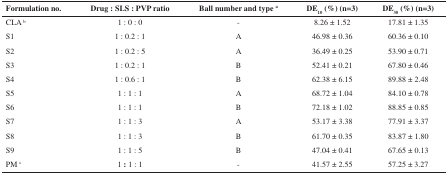
| Formulation no. | Drug : SLS : PVP ratio | Ball number and type a | DE10(%) (n=3) | DE30(%) (n=3) |
 | --- | --- | --- | --- | --- |
 | CLA b | 1 : 0 : 0 | - | 8.26 ± 1.52 | 17.81 ± 1.35 |
 | S1 | 1 : 0.2 : 1 | A | 46.98 ± 0.36 | 60.36 ± 0.10 |
 | S2 | 1 : 0.2 : 5 | A | 36.49 ± 0.25 | 53.90 ± 0.71 |
 | S3 | 1 : 0.2 : 1 | B | 52.41 ± 0.21 | 67.80 ± 0.46 |
 | S4 | 1 : 0.6 : 1 | B | 62.38 ± 6.15 | 89.88 ± 2.48 |
 | S5 | 1 : 1 : 1 | A | 68.72 ± 1.04 | 84.10 ± 0.78 |
 | S6 | 1 : 1 : 1 | B | 72.18 ± 1.02 | 88.85 ± 0.85 |
 | S7 | 1 : 1 : 3 | A | 53.17 ± 3.38 | 77.91 ± 3.37 |
 | S8 | 1 : 1 : 3 | B | 61.70 ± 0.35 | 83.87 ± 1.80 |
 | S9 | 1 : 1 : 5 | B | 47.04 ± 0.41 | 67.65 ± 0.13 |
 | PM c | 1 : 1 : 1 | - | 41.57 ± 2.55 | 57.25 ± 3.27 |